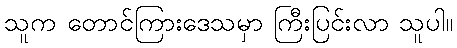
သူက တောင်ကြားဒေသမှာ ကြီးပြင်းလာ သူပါ။